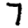
Digit: 7